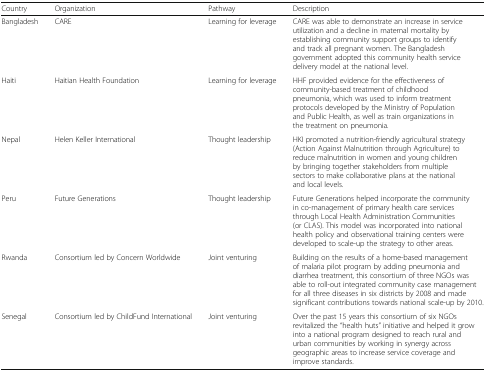
<table><thead><tr><td><b>Country</b></td><td><b>Organization</b></td><td><b>Pathway</b></td><td><b>Description</b></td></tr></thead><tbody><tr><td>Bangladesh</td><td>CARE</td><td>Learning for leverage</td><td>CARE was able to demonstrate an increase in service utilization and a decline in maternal mortality by establishing community support groups to identify and track all pregnant women. The Bangladesh government adopted this community health service delivery model at the national level.</td></tr><tr><td>Haiti</td><td>Haitian Health Foundation</td><td>Learning for leverage</td><td>HHF provided evidence for the effectiveness of community-based treatment of childhood pneumonia, which was used to inform treatment protocols developed by the Ministry of Population and Public Health, as well as train organizations in the treatment on pneumonia.</td></tr><tr><td>Nepal</td><td>Helen Keller International</td><td>Thought leadership</td><td>HKI promoted a nutrition-friendly agricultural strategy (Action Against Malnutrition through Agriculture) to reduce malnutrition in women and young children by bringing together stakeholders from multiple sectors to make collaborative plans at the national and local levels.</td></tr><tr><td>Peru</td><td>Future Generations</td><td>Thought leadership</td><td>Future Generations helped incorporate the community in co-management of primary health care services through Local Health Administration Communities (or CLAS). This model was incorporated into national health policy and observational training centers were developed to scale-up the strategy to other areas.</td></tr><tr><td>Rwanda</td><td>Consortium led by Concern Worldwide</td><td>Joint venturing</td><td>Building on the results of a home-based management of malaria pilot program by adding pneumonia and diarrhea treatment, this consortium of three NGOs was able to roll-out integrated community case management for all three diseases in six districts by 2008 and made significant contributions towards national scale-up by 2010.</td></tr><tr><td>Senegal</td><td>Consortium led by ChildFund International</td><td>Joint venturing</td><td>Over the past 15 years this consortium of six NGOs revitalized the “health huts” initiative and helped it grow into a national program designed to reach rural and urban communities by working in synergy across geographic areas to increase service coverage and improve standards.</td></tr></tbody></table>